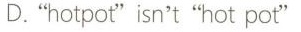
D."hotpot"isn't"hot pot"